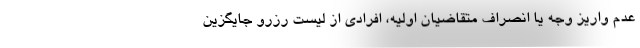
عدم واریز وجه یا انصراف متقاضیان اولیه، افرادی از لیست رزرو جایگزین